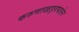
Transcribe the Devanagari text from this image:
करुणाखड्गपातेन